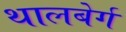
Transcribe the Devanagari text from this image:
थालबेर्ग